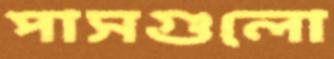
পাসগুলো